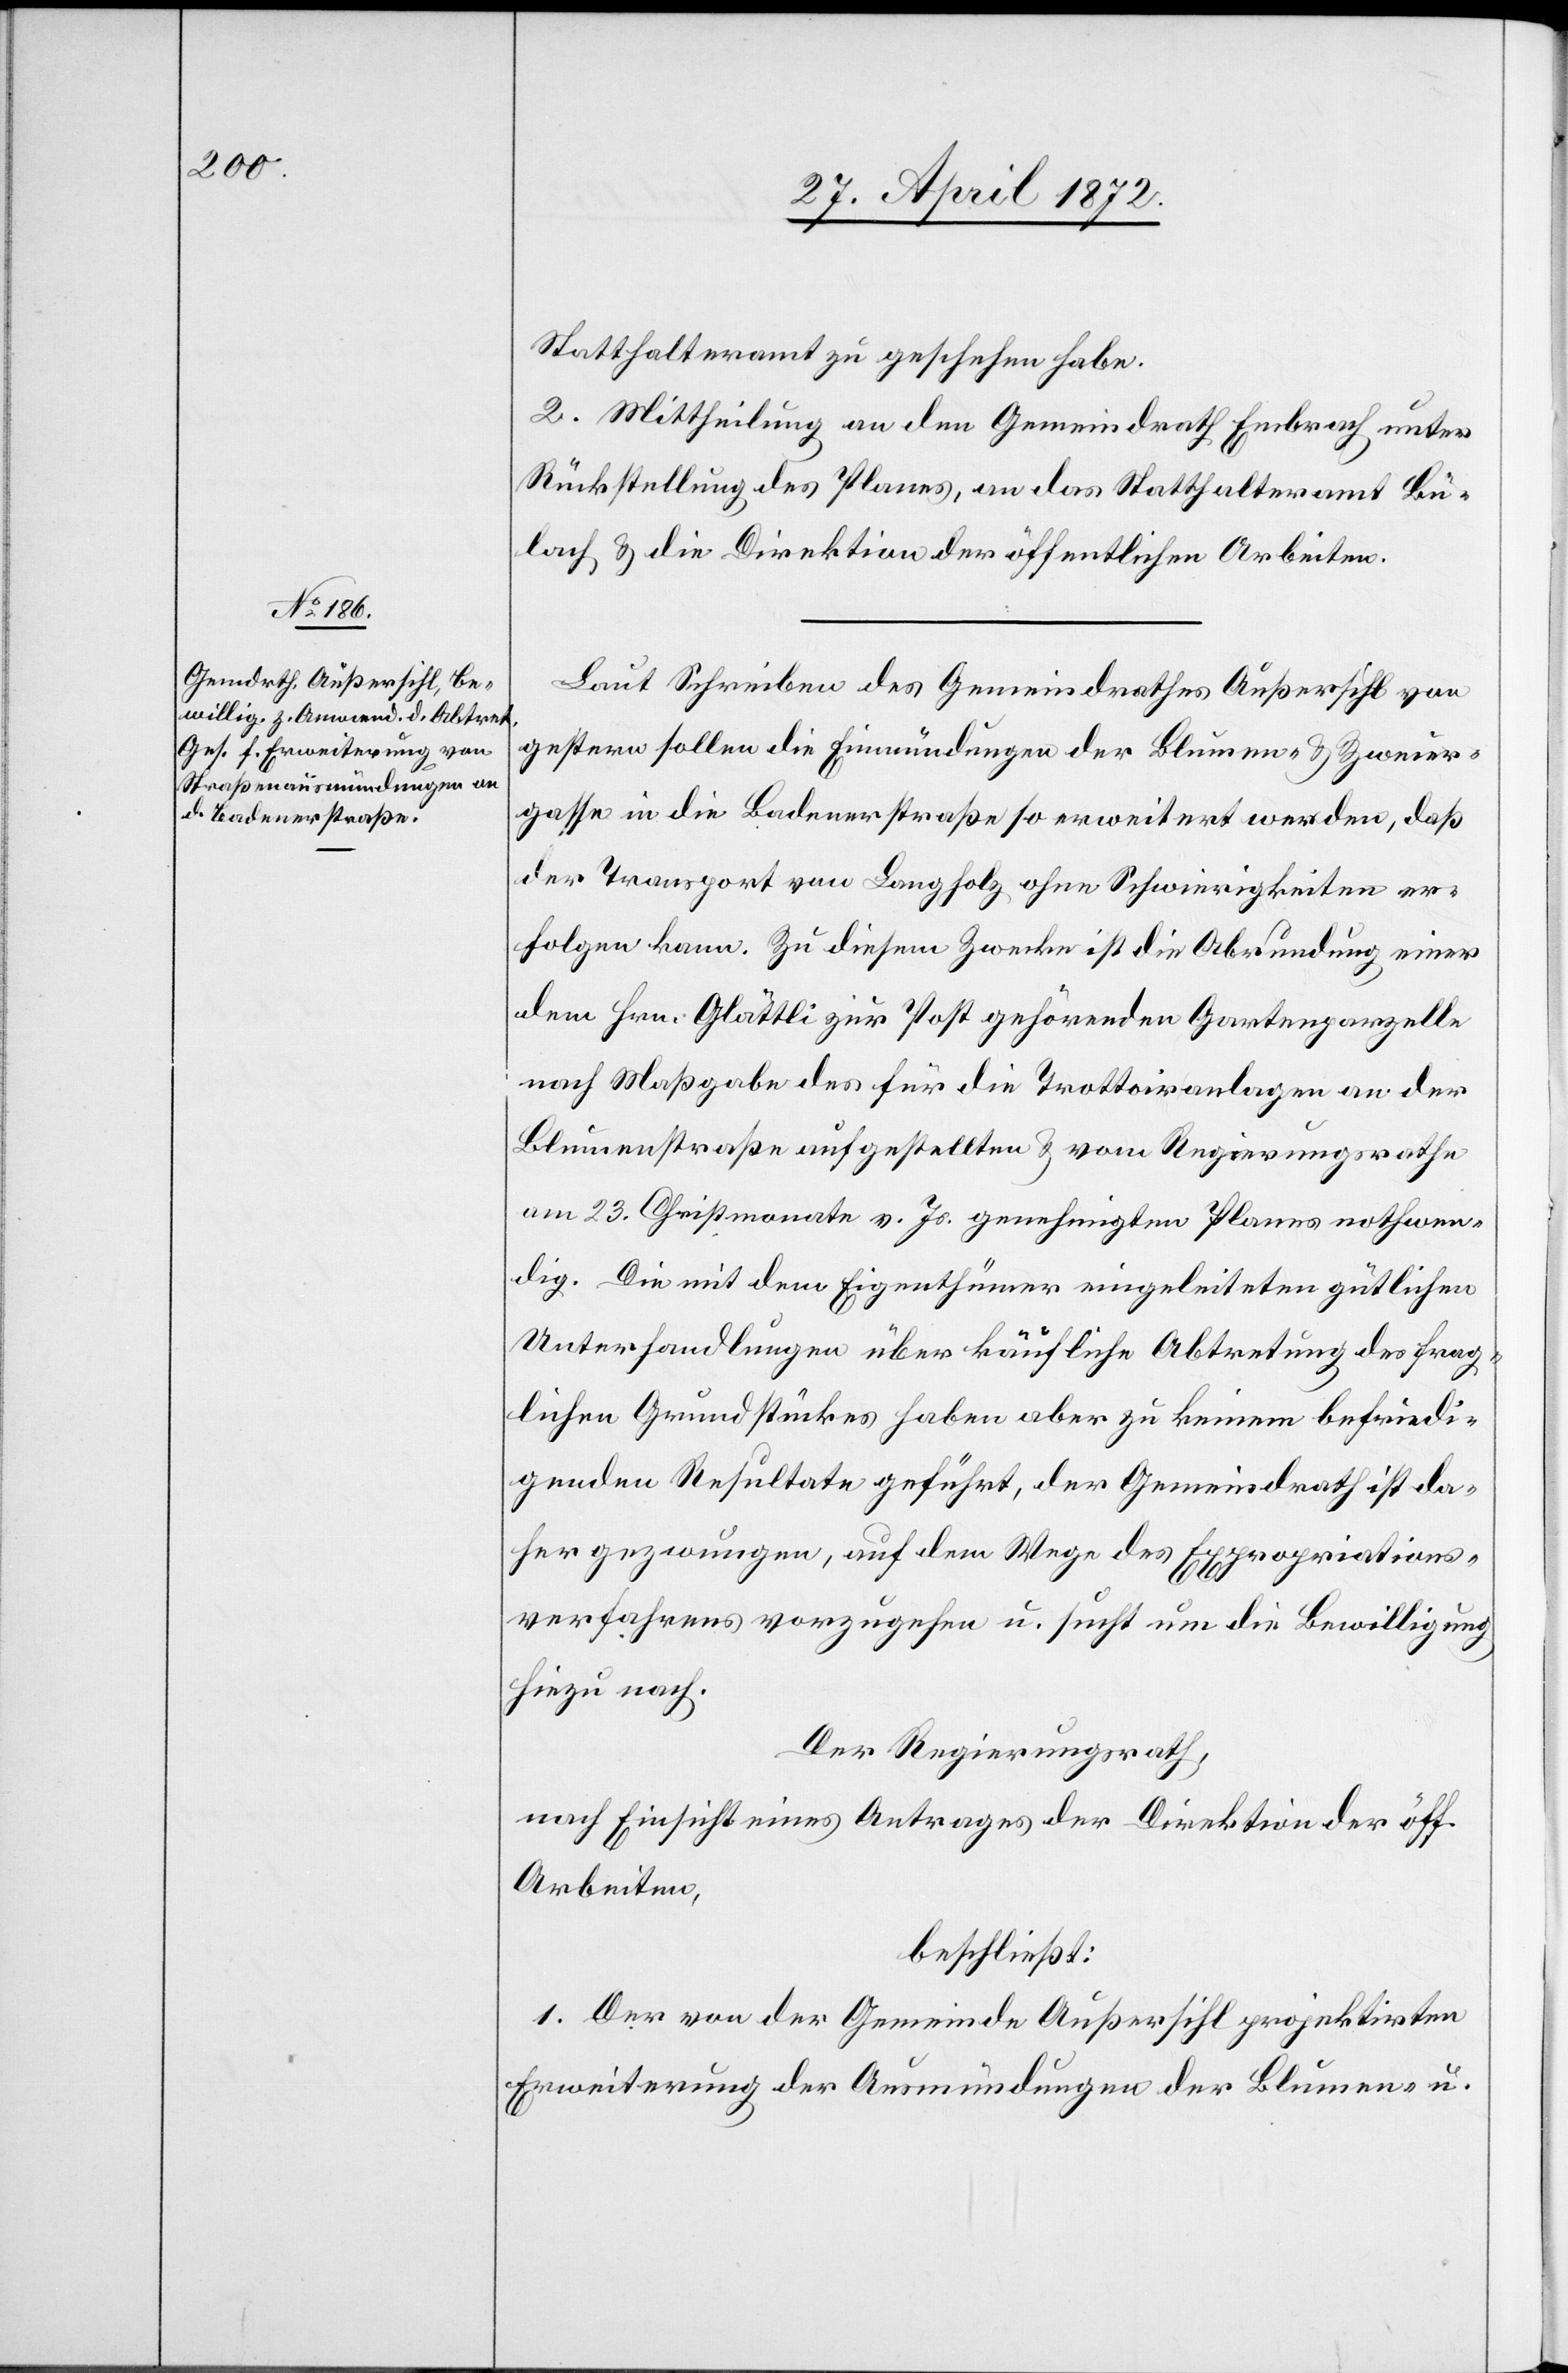
Statthalteramt zu geschehen habe.
2. Mittheilung an den Gemeindrath Embrach unter
Rückstellung des Planes, an das Statthalteramt Bü¬
lach u. die Direktion der öffentlichen Arbeiten.
Laut Schreiben des Gemeindrathes Außersihl von
gestern sollen die Einmündungen der Blumen- u. Zweier¬
gasse in die Badenerstraße so erweitert werden, daß
der Transport von Langholz ohne Schwierigkeiten er¬
folgen kann. Zu diesem Zwecke ist die Abrundung einer
dem Hrn. Glättli zur Post gehörenden Gartenparzelle
nach Maßgabe des für die Trottoiranlagen an der
Blumenstraße aufgestellten u. vom Regierungsrathe
am 23. Christmonat v. Js. genehmigten Planes nothwen¬
dig. Die mit dem Eigenthümer eingeleiteten gütlichen
Unterhandlungen über käufliche Abtretung des frag¬
lichen Grundstückes haben aber zu keinem befriedi¬
genden Resultate geführt, der Gemeindrath ist da¬
her gezwungen, auf dem Wege des Expropriations¬
verfahrens vorzugehen u. sucht um die Bewilligung
hiezu nach.
Der Regierungsrath,
nach Einsicht eines Antrages der Direktion der öff.
Arbeiten,
beschließt:
1. Der von der Gemeinde Außersihl projektirten
Erweiterung der Ausmündungen der Blumen- u.